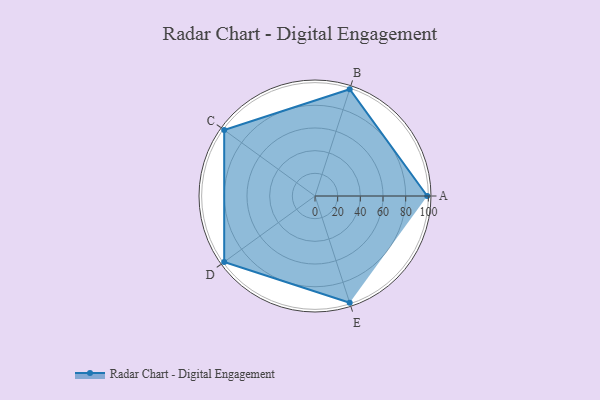
{"axis": {"x": "Skill", "y": "Score"}, "legend": ["Profile"], "data": [{"x": "A", "y": 99, "type": "Profile"}, {"x": "B", "y": 99, "type": "Profile"}, {"x": "C", "y": 99, "type": "Profile"}, {"x": "D", "y": 99, "type": "Profile"}, {"x": "E", "y": 99, "type": "Profile"}]}